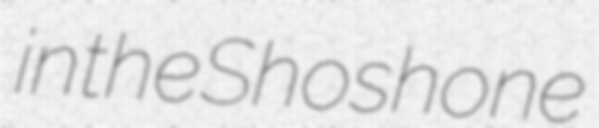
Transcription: in the Shoshone